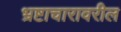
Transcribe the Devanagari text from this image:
भ्रष्टाचारावरील